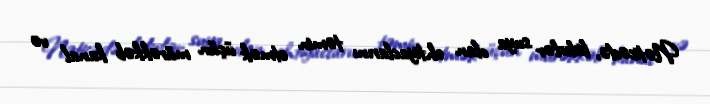
Nəticədə, liderlər suya olan ehtiyaclarını təmin etmək üçün mürəkkəb kanal və